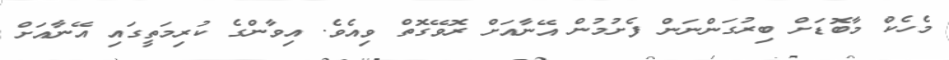
މެހެކް މާބޮޑަށް ބިރުގަންނަން ފެށުމުން އޭނާއަށް ރޮވޭގޮތް ވިއެވެ. އިވާންގެ ކުރިމަތީގައި އޭނާއަށް